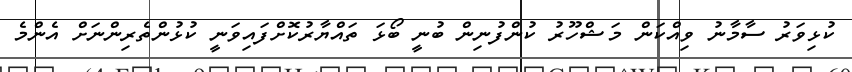
ކުޅިވަރު ސާމާނު ވިއްކަން މަޝްހޫރު ކުންފުނިން ބުނީ ބޯޅަ ތައްޔާރުކޮށްފައިވަނީ ކުޅުންތެރިންނަށް އެންމެ